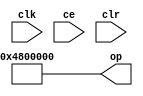
module sysgen_constant_bd840882a6 (
  output [(32 - 1):0] op,
  input clk,
  input ce,
  input clr);
  assign op = 32'b00000100100000000000000000000000;
endmodule